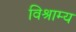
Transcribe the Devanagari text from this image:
विश्राम्य